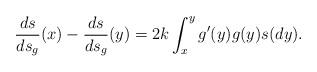
LaTeX: \begin{align*}\frac{ds}{ds_g}(x)-\frac{ds}{ds_g}(y)=2k\int_x^y g'(y)g(y)s(dy).\end{align*}